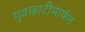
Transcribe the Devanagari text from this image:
गुवाहाटीमार्फत